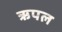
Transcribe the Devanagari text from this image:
ऋपल